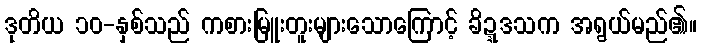
ဒုတိယ ၁၀-နှစ်သည် ကစားမြူးတူးများသောကြောင့် ခိဍ္ဍဒသက အရွယ်မည်၏။